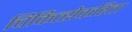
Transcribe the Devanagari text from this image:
चिकित्सेकरिता